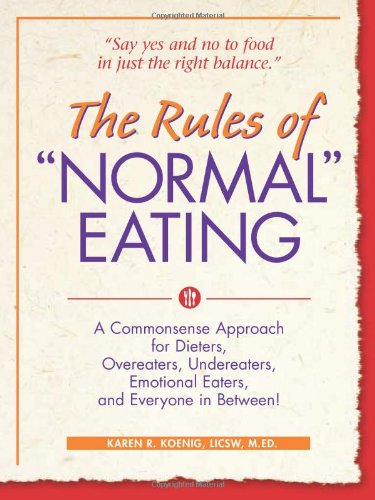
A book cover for The Rules of "Normal" Eating: A Commonsense Approach for Dieters, Overeaters, Undereaters, Emotional Eaters, and Everyone in Between!; Karen R. Koenig; Self-Help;